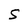
Character: S